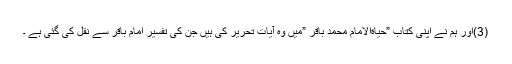
(3)اور ہم نے اپنی کتاب ”حیاةالامام محمد باقر ”میں وہ آیات تحریر کی ہیں جن کی تفسیر امام باقر سے نقل کی گئی ہے ۔